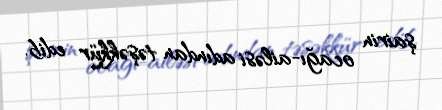
şairin ocağı-ailəsi adından təşəkkür edib.